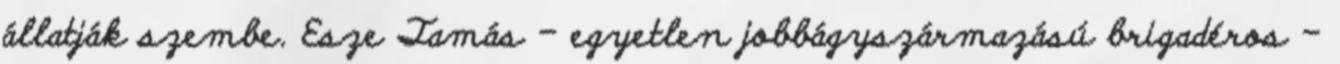
állatják szembe. Esze Tamás – egyetlen jobbágyszármazású brigadéros –